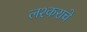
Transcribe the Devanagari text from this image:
लश्कराचे